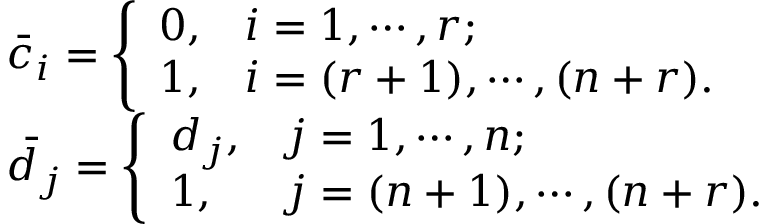
\begin{array} { l l } { \bar { c } _ { i } = \left\{ \begin{array} { l l } { 0 , } & { i = 1 , \cdots , r ; } \\ { 1 , } & { i = ( r + 1 ) , \cdots , ( n + r ) . } \end{array} \right. } \\ { \bar { d } _ { j } = \left\{ \begin{array} { l l } { d _ { j } , } & { j = 1 , \cdots , n ; } \\ { 1 , } & { j = ( n + 1 ) , \cdots , ( n + r ) . } \end{array} \right. } \end{array}